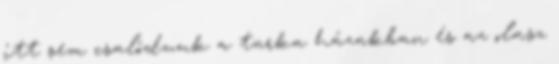
itt sem csalódunk a tarka házakban és az olasz